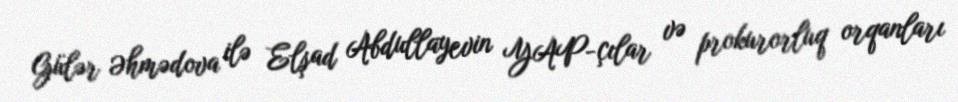
Gülər Əhmədova ilə Elşad Abdullayevin YAP-çılar və prokurorluq orqanları